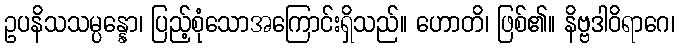
ဥပနိသသမ္ပန္နော၊ ပြည့်စုံသောအကြောင်းရှိသည်။ ဟောတိ၊ ဖြစ်၏။ နိဗ္ဗဒါဝိရာဂေ၊